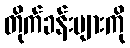
တိုက်ခန်းများကို